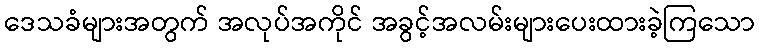
ဒေသခံများအတွက် အလုပ်အကိုင် အခွင့်အလမ်းများပေးထားခဲ့ကြသော